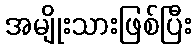
အမျိုးသားဖြစ်ပြီး